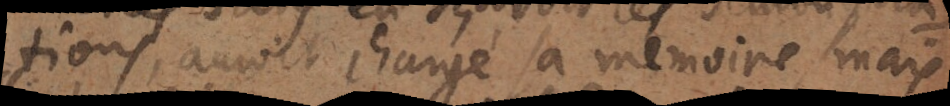
tions, auroit chargé sa mémoire, mais